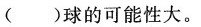
()球的可能性大。